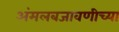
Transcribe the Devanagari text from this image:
अंमलबजावणीच्या